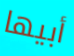
أبيها